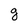
Character: g